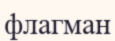
флагман